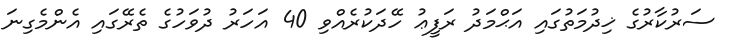
ސަރުކާރުގެ ޚިދުމަތުގައި އަޙްމަދު ރަފީޢު ހޭދަކުރެއްވި 40 އަހަރު ދުވަހުގެ ތެރޭގައި އެންމެގިނަ